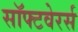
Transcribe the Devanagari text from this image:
सॉफ्टवेरर्स